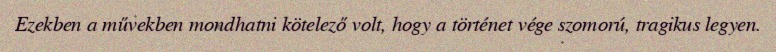
Ezekben a művekben mondhatni kötelező volt, hogy a történet vége szomorú, tragikus legyen.